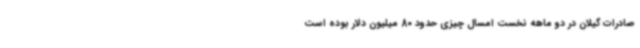
صادرات گیلان در دو ماهه نخست امسال چیزی حدود 80 میلیون دلار بوده است